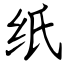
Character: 纸